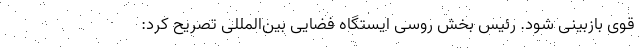
قوی بازبینی شود. رئیس بخش روسی ایستگاه فضایی بین‌المللی تصریح کرد: